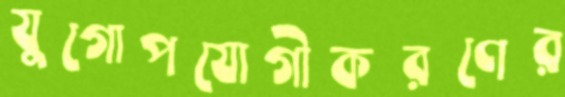
যুগোপযোগীকরণের